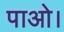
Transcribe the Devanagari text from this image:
पाओ।